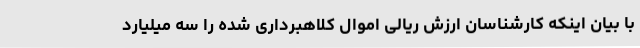
با بیان اینکه کارشناسان ارزش ریالی اموال کلاهبرداری شده را سه میلیارد